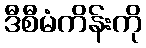
ဒီစီမံကိန်းကို